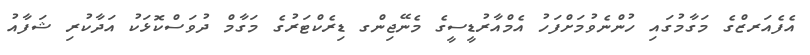
އެފެއަރޒްގެ މަގާމުގައި ހުންނެވުމަށްފަހު އެމްއާރުޑީސީގެ މެނޭޖިންގ ޑިރެކްޓަރުގެ މަގާމް ދުވަސްކޮޅަކު އަދާކުރި ޝަފާއު